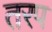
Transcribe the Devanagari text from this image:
तरप